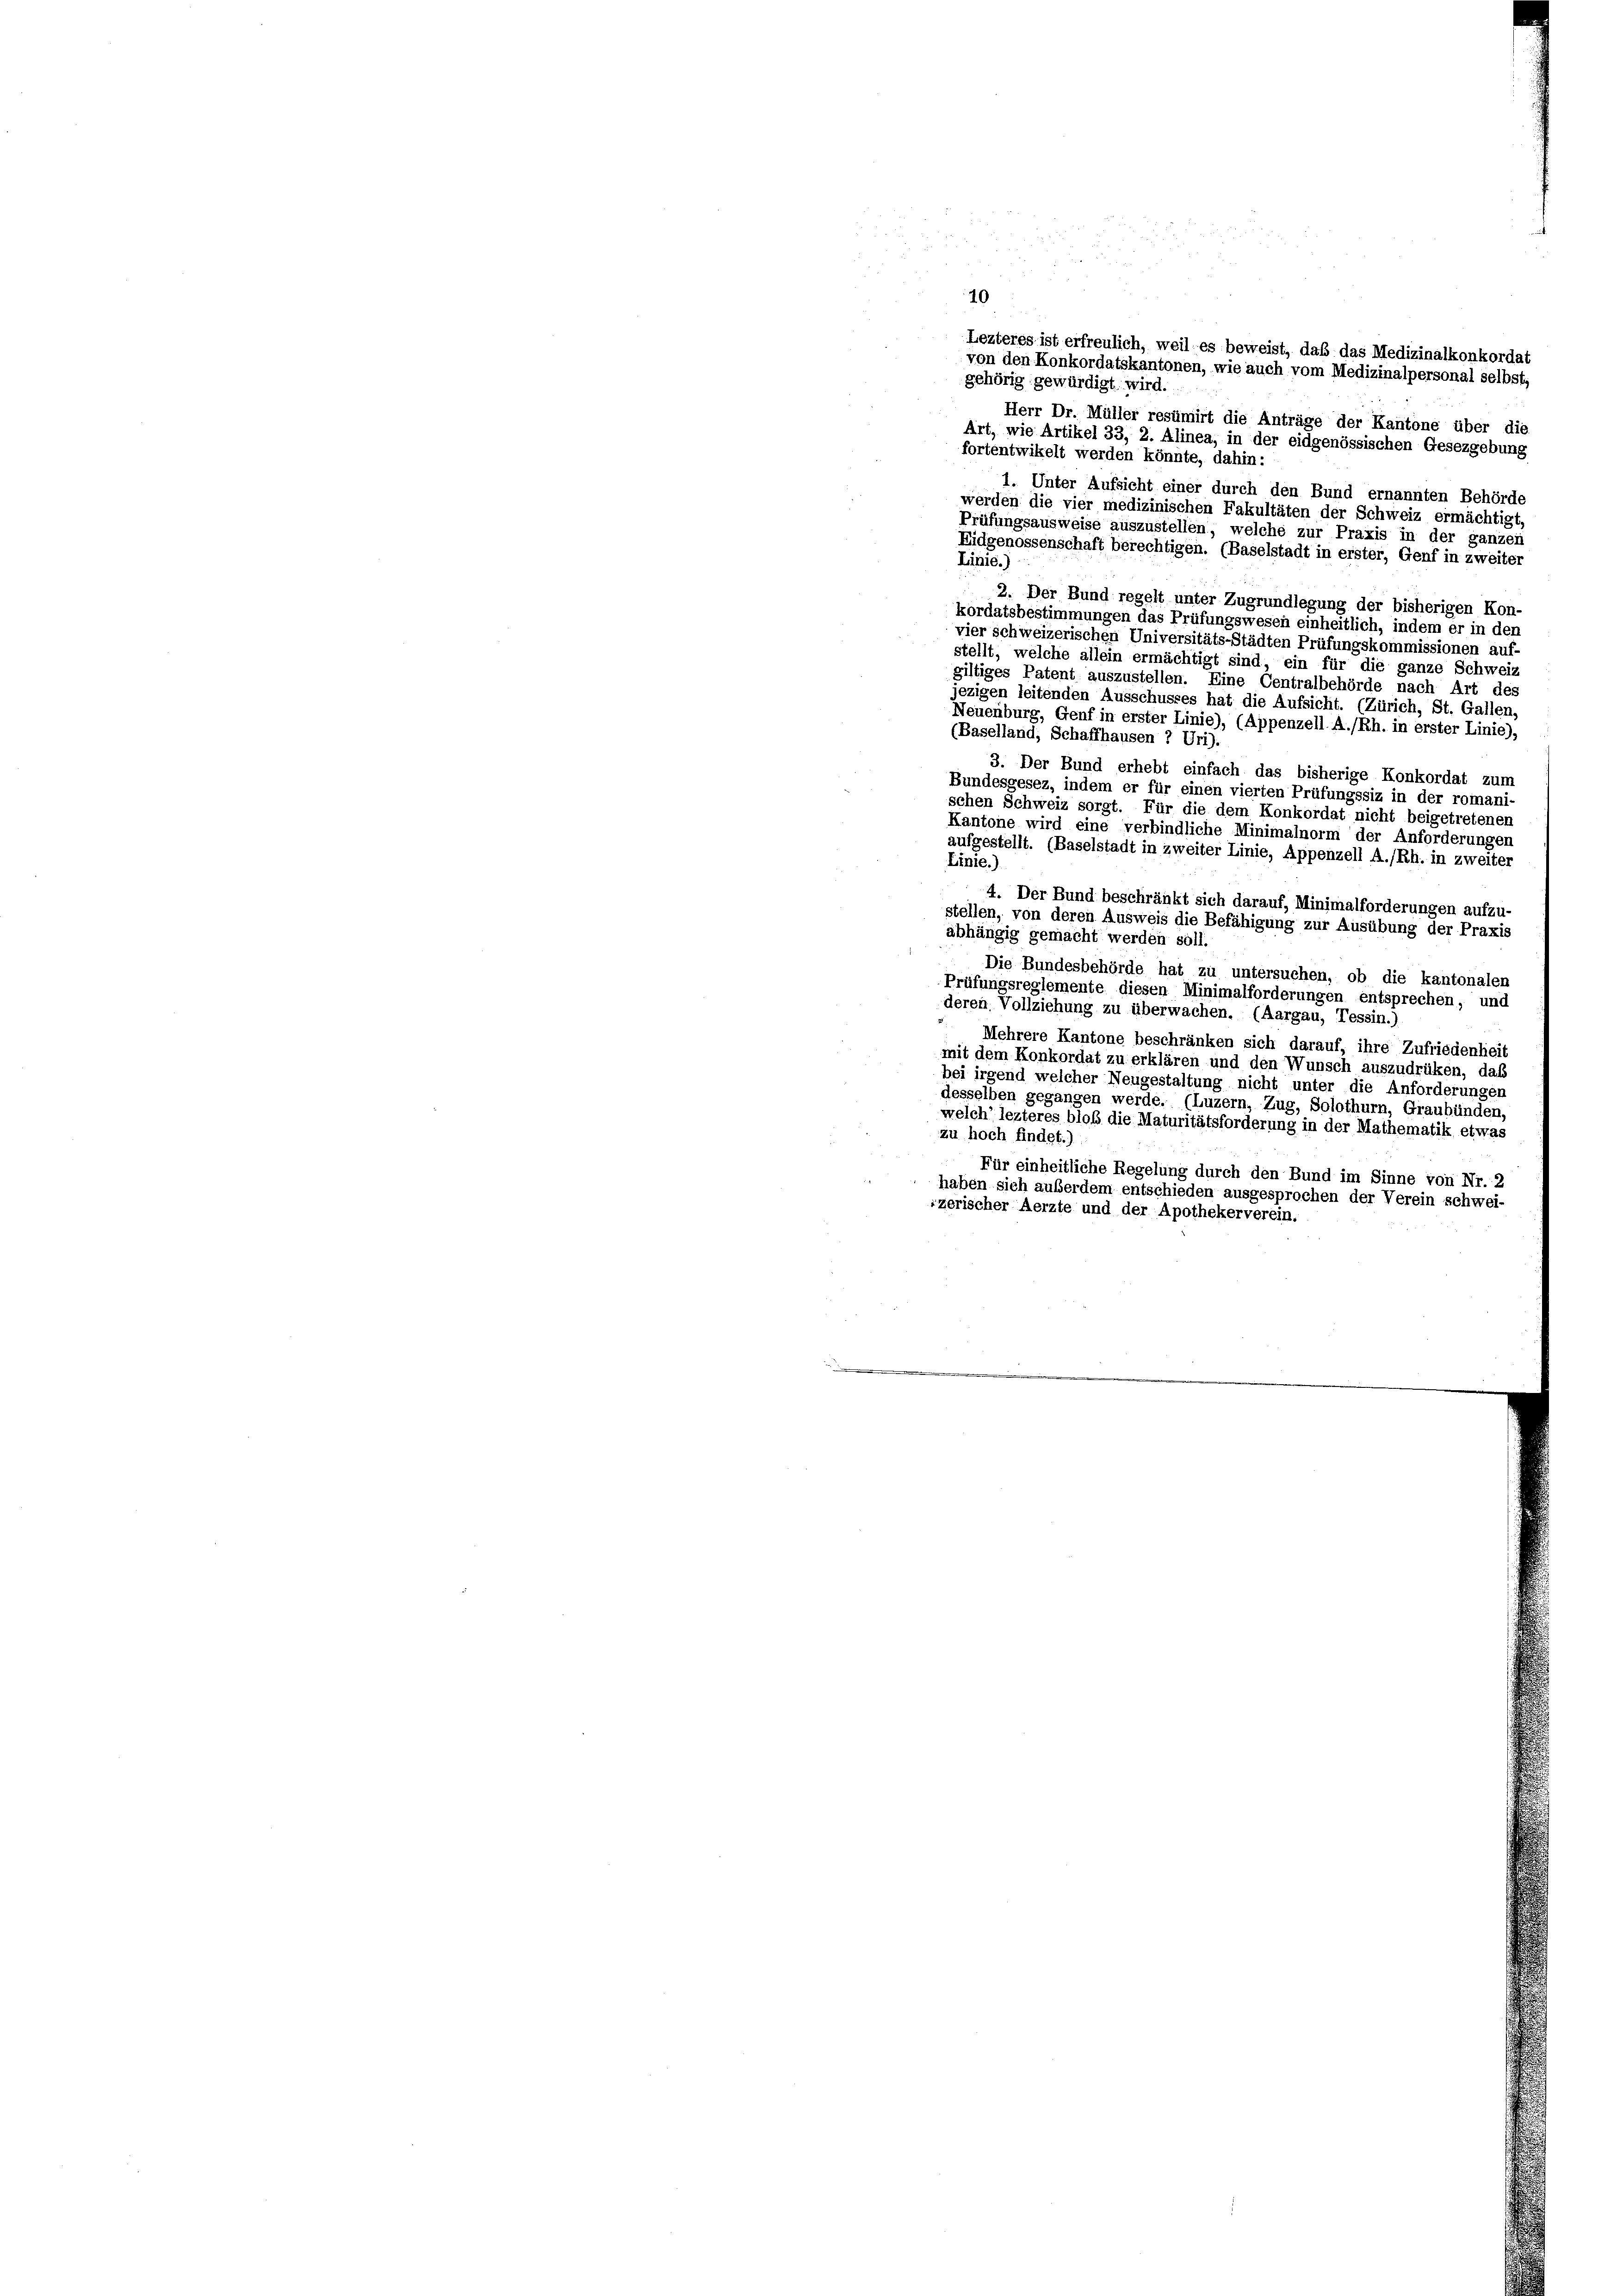
gehörig gewürdigt wird.
fortentwikelt werden könnte, dahin:
1. Unter Aufsicht einer durch den Bund ernannten Behörde
werden die vier medizinischen Fakultäten der Schweiz ermächtigt,
Prüfungsausweise auszustellen, welche zur Praxis in der ganzen
Eidgenossenschaft berechtigen. (Baselstadt in erster, Genf in zweiter
Linie.
2. Der Bund regelt unter Zugrundlegung der bisherigen Kon-
kordatsbestimmungen das Prüfungswesen einheitlich, indem er in der
vier schweizerischen Universitäts-Städten Prüfungskommissionen auf-
stellt, welche allein ermächtigt sind, ein für die ganze Schweiz
giltiges Patent auszustellen. Eine Centralbehörde nach Art des
jezigen leitenden Ausschusses hat die Aufsicht. (Zürich, St. Gallen,
Neuenburg, Genf in erster Linie), (Appenzell A./Rh. in erster Linie),
(Baselland, Schaffhausen 7 Uri).
3. Der Bund erhebt einfach das bisherige Konkordat zum
Bundesgesez, indem er für einen vierten Prüfungssiz in der romani-
schen Schweiz sorgt. Für die dem Konkordat nicht beigetretenen
Kantone wird eine verbindliche Minimalnorm der Anforderungen
aufgestellt. (Baselstadt in zweiter Linie, Appenzell A./Rh. in zweiter
Linie.)
4. Der Bund beschränkt sich darauf, Minimalforderungen aufzu-
stellen, von deren Ausweis die Befähigung zur Ausübung der Praxis
abhängig gemacht werden soll
Die Bundesbehörde hat zu untersuchen, ob die kantonalen
Prüfungsreglemente diesen Minimalforderungen entsprechen, und
deren Vollziehung zu überwachen. (Aargau, Tessin.)
Mehrere Kantone beschränken sich darauf, ihre Zufriedenheit
mit dem Konkordat zu erklären und den Wunsch auszudrüken, daß
bei irgend welcher Neugestaltung nicht unter die Anforderungen
desselben gegangen werde. (Luzern, Zug, Solothurn, Graubünden,
welch’ lezteres bloß die Maturitätsforderung in der Mathematik etwas
zu hoch findet.)
Für einheitliche Regelung durch den Bund im Sinne von Nr. 2
haben sich auserdem entschieden ausgesprochen der Verein schwei-
izerischer Aerzte und der Apothekerverein.

Lezteres ist erfreulich, weil es beweist, daß das Medizinalkonkordat
von den Konkordatskantonen, wie auch vom Medizinalpersonal selbst,
Herr Dr. Müller resümirt die Anträge der Kantone über die
Art, wie Artikel 33, 2. Alinea, in der eidgenössischen Gesezgebung